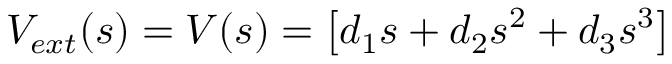
V _ { e x t } ( s ) = V ( s ) = \left[ d _ { 1 } s + d _ { 2 } s ^ { 2 } + d _ { 3 } s ^ { 3 } \right]